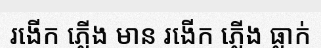
រងើក ភ្លើង មាន រងើក ភ្លើង ធ្លាក់